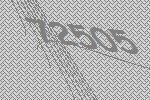
72505